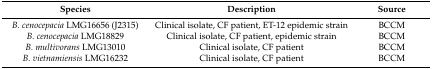
<table><thead><tr><td><b>Species</b></td><td><b>Description</b></td><td><b>Source</b></td></tr></thead><tbody><tr><td><i>B. cenocepacia</i> LMG16656 (J2315)</td><td>Clinical isolate, CF patient, ET-12 epidemic strain</td><td>BCCM</td></tr><tr><td><i>B. cenocepacia</i> LMG18829</td><td>Clinical isolate, CF patient, epidemic strain</td><td>BCCM</td></tr><tr><td><i>B. multivorans</i> LMG13010</td><td>Clinical isolate, CF patient</td><td>BCCM</td></tr><tr><td><i>B. vietnamiensis</i> LMG16232</td><td>Clinical isolate, CF patient</td><td>BCCM</td></tr></tbody></table>